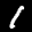
Label: 1